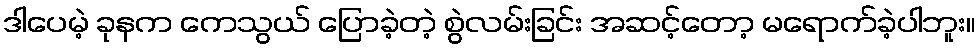
ဒါပေမဲ့ ခုနက ကေသွယ် ပြောခဲ့တဲ့ စွဲလမ်းခြင်း အဆင့်တော့ မရောက်ခဲ့ပါဘူး။